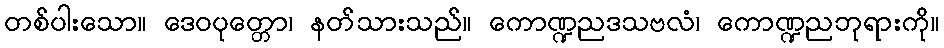
တစ်ပါးသော။ ဒေဝပုတ္တော၊ နတ်သားသည်။ ကောဏ္ဍညဒသဗလံ၊ ကောဏ္ဍညဘုရားကို။